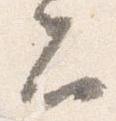
者